Report of the Indian Hemp Drugs Commission, 1894-1895 - Volume VIII
Year: 1894
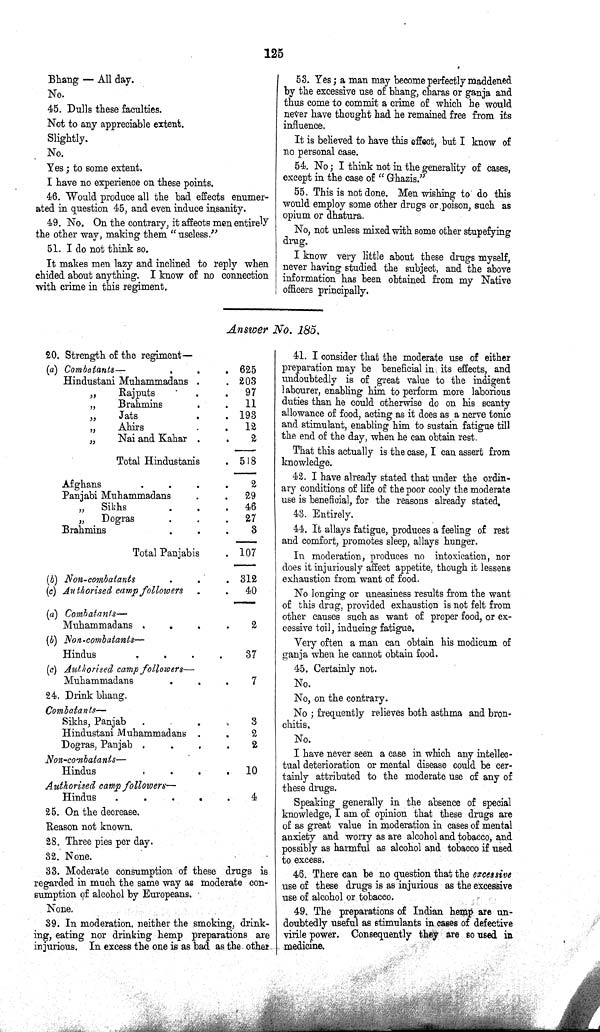
125
Bhang — All day.
No.
45. Dulls these faculties.
Not to any appreciable extent.
Slightly.
No.
Yes; to some extent.
I have no experience on these points.
46. Would produce all the bad effects enumer¬
ated in question 45, and even induce insanity.
49. No. On the contrary, it affects men entirely
the other way, making them "useless."
51. I do not think so.
It makes men lazy and inclined to reply when
chided about anything. I know of no connection
with crime in this regiment.
53. Yes; a man may become perfectly maddened
by the excessive use of bhang, charas or ganja and
thus come to commit a crime of which he would
never have thought had he remained free from its
influence.
It is believed to have this effect, but I know of
no personal case.
54. No; I think not in the generality of cases,
except in the case of "Ghazis."
55. This is not done. Men wishing to do this
would employ some other drugs or poison, such as
opium or dhatura.
No, not unless mixed with some other stupefying
drug.
I know very little about these drugs myself,
never having studied the subject, and the above
information has been obtained from my Native
officers principally.
Answer No. 185.
20. Strength of the regiment—
(a) Combatants —
625
Hindustani Muhammadans
203
"
Rajputs
97
"
Brahmins
11
"
Jats
193
"
Ahirs
12
"
Nai and Kahar
2
Total Hindustanis
518
Afghans
2
Panjabi Muhammadans
29
"
Sikhs
46
"
Dogras
27
Brahmins
3
Total Panjabis
107
(b) Non-combatants
312
(c) Authorised camp followers
40
(a) Combatants—
Muhammadans
2
(b) Non-combatants—
Hindus
37
(c) Authorised camp followers—
Muhammadans
7
24. Drink bhang.
Combatants—
Sikhs, Panjab
3
Hindustani Muhammadans
2
Dogras, Panjab
2
Non-combatants—
Hindus
10
Authorised camp followers—
Hindus
4
25. On the decrease.
Reason not known.
28. Three pies per day.
32. None.
33. Moderate consumption of these drugs is
regarded in much the same way as moderate con¬
sumption of alcohol by Europeans.
None.
39. In moderation, neither the smoking, drink¬
ing, eating nor drinking hemp preparations are
injurious. In excess the one is as bad as the other
41. I consider that the moderate use of either
preparation may be beneficial in its effects, and
undoubtedly is of great value to the indigent
labourer, enabling him to perform more laborious
duties than he could otherwise do on his scanty
allowance of food, acting as it does as a nerve tonic
and stimulant, enabling him to sustain fatigue till
the end of the day, when he can obtain rest.
That this actually is the case, I can assert from
knowledge.
42. I have already stated that under the ordin¬
ary conditions of life of the poor cooly the moderate
use is beneficial, for the reasons already stated.
43. Entirely.
44. It allays fatigue, produces a feeling of rest
and comfort, promotes sleep, allays hunger.
In moderation, produces no intoxication, nor
does it injuriously affect appetite, though it lessens
exhaustion from want of food.
No longing or uneasiness results from the want
of this drug, provided exhaustion is not felt from
other causes such as want of proper food, or ex¬
cessive toil, inducing fatigue.
Very often a man can obtain his modicum of
ganja when he cannot obtain food.
45. Certainly not.
No.
No, on the contrary.
No; frequently relieves both asthma and bron¬
chitis.
No.
I have never seen a case in which any intellec¬
tual deterioration or mental disease could be cer¬
tainly attributed to the moderate use of any of
these drugs.
Speaking generally in the absence of special
knowledge, I am of opinion that these drugs are
of as great value in moderation in cases of mental
anxiety and worry as are alcohol and tobacco, and
possibly as harmful as alcohol and tobacco if used
to excess.
46. There can be no question that the excessive
use of these drugs is as injurious as the excessive
use of alcohol or tobacco.
49. The preparations of Indian hemp are un¬
doubtedly useful as stimulants in cases of defective
virile power. Consequently they are so used in
medicine.